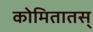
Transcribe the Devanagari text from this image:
कोमितातस्